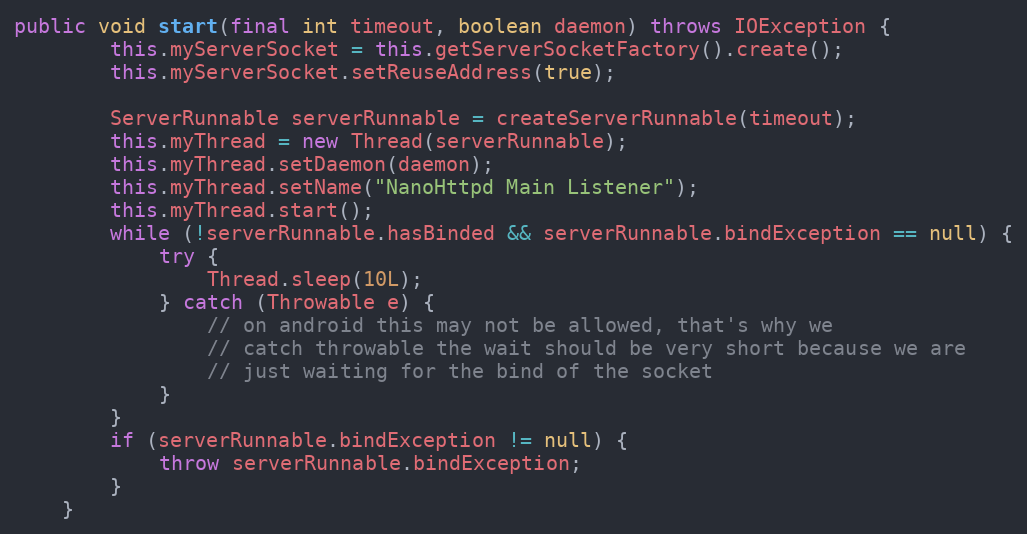
Language: Java
public void start(final int timeout, boolean daemon) throws IOException {
        this.myServerSocket = this.getServerSocketFactory().create();
        this.myServerSocket.setReuseAddress(true);

        ServerRunnable serverRunnable = createServerRunnable(timeout);
        this.myThread = new Thread(serverRunnable);
        this.myThread.setDaemon(daemon);
        this.myThread.setName("NanoHttpd Main Listener");
        this.myThread.start();
        while (!serverRunnable.hasBinded && serverRunnable.bindException == null) {
            try {
                Thread.sleep(10L);
            } catch (Throwable e) {
                // on android this may not be allowed, that's why we
                // catch throwable the wait should be very short because we are
                // just waiting for the bind of the socket
            }
        }
        if (serverRunnable.bindException != null) {
            throw serverRunnable.bindException;
        }
    }